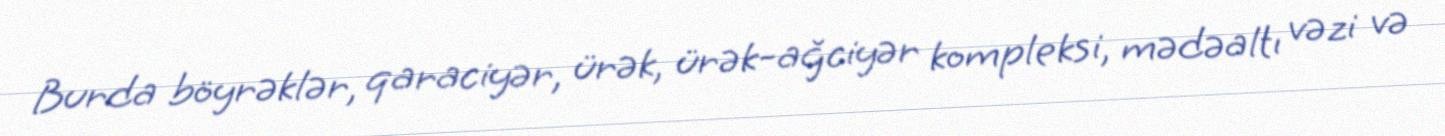
Burda böyrəklər, qaraciyər, ürək, ürək-ağciyər kompleksi, mədəaltı vəzi və